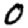
Digit: 0